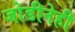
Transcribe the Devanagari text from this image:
जोडीनेही